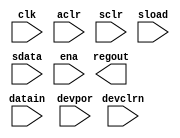
module cycloneii_lcell_ff(regout, datain, clk, aclr, sclr, sload, sdata, ena, devpor, devclrn);

parameter lpm_type = "cycloneii_lcell_ff";

input datain, clk, aclr, sclr, sload, sdata, ena, devpor, devclrn;
output regout;

endmodule


module cycloneii_lcell_comb(combout, cout, dataa, datab, datac, datad, cin);

parameter lpm_type = "cycloneii_lcell_comb";
parameter lut_mask = 16'h0000;
parameter sum_lutc_input = "datac";

input dataa, datab, datac, datad, cin;
output combout, cout;

endmodule


module cycloneii_io(
    datain, oe,
    outclk, outclkena, inclk, inclkena, areset, sreset,
    devclrn, devpor, devoe,
    linkin,
    differentialin,
    differentialout,
    padio,
    combout, regout,
    linkout
    );

parameter lpm_type = "cycloneii_io";

parameter operation_mode = "input";
parameter open_drain_output = "false";
parameter bus_hold = "false";

parameter output_register_mode = "none";
parameter output_async_reset = "none";
parameter output_sync_reset = "none";
parameter output_power_up = "low";
parameter tie_off_output_clock_enable = "false";

parameter oe_register_mode = "none";
parameter oe_async_reset = "none";
parameter oe_sync_reset = "none";
parameter oe_power_up = "low";
parameter tie_off_oe_clock_enable = "false";

parameter input_register_mode = "none";
parameter input_async_reset = "none";
parameter input_sync_reset = "none";
parameter input_power_up = "low";

parameter use_differential_input  = "false";

inout   padio;
input	datain, oe;
input	outclk, outclkena, inclk, inclkena, areset, sreset;
input	devclrn, devpor, devoe;
input   linkin;
input	differentialin;
output	differentialout;
output	combout, regout;
output  linkout;

endmodule


module cycloneii_clkctrl(
    inclk, 
    clkselect, 
    ena, 
    devpor, 
    devclrn, 
    outclk
    );
   
parameter lpm_type = "cycloneii_clkctrl";
parameter clock_type = "auto";
parameter ena_register_mode = "falling edge";

input [3:0] inclk;
input [1:0] clkselect;
input ena; 
input devpor; 
input devclrn; 
output outclk;

endmodule


module cycloneii_mac_mult(
    dataa, 
    datab,
    signa, 
    signb,
    clk, 
    aclr, 
    ena,
    dataout,
    devclrn,
    devpor);
    
parameter lpm_type = "cycloneii_mac_mult";
parameter dataa_width = 18;
parameter datab_width = 18;
parameter dataa_clock = "none";
parameter datab_clock = "none";
parameter signa_clock = "none"; 
parameter signb_clock = "none";
parameter lpm_hint = "true";
    
input [dataa_width-1:0] dataa;
input [datab_width-1:0] datab;
input signa;
input signb;
input clk;
input aclr;
input ena;
input devclrn;
input devpor;
output [dataa_width+datab_width-1:0] dataout;
    
endmodule


module cycloneii_mac_out(
    dataa, 
    clk,
    aclr,
    ena,
    dataout,
    devclrn,
    devpor);
 
parameter lpm_type = "cycloneii_mac_out";
parameter dataa_width = 36;
parameter output_clock = "none";
parameter lpm_hint = "true";

input	[dataa_width-1:0]	dataa;
output	[dataa_width-1:0]	dataout;
input clk;
input aclr;
input ena;
input 	devclrn;
input 	devpor;
    
endmodule


module cycloneii_pll(
    inclk,
    ena,
    clkswitch,
    areset,
    pfdena,
    testclearlock,
    clk,
    locked,
    testupout,
    testdownout,
    sbdin,
    sbdout
    );

parameter lpm_type = "cycloneii_pll";

parameter operation_mode                       = "normal";
parameter pll_type                             = "auto";
parameter compensate_clock                     = "clk0";
parameter feedback_source                      = "clk0";
parameter qualify_conf_done                    = "off";

parameter test_input_comp_delay_chain_bits     = 0;
parameter test_feedback_comp_delay_chain_bits  = 0;

parameter inclk0_input_frequency               = 10000;
parameter inclk1_input_frequency               = 10000;

parameter gate_lock_signal                     = "no";
parameter gate_lock_counter                    = 1;
parameter self_reset_on_gated_loss_lock        = "off";
parameter valid_lock_multiplier                = 1;
parameter invalid_lock_multiplier              = 5;

parameter switch_over_type                     = "manual";
parameter switch_over_on_lossclk               = "off";
parameter switch_over_on_gated_lock            = "off";
parameter switch_over_counter                  = 1;
parameter enable_switch_over_counter           = "on";

parameter bandwidth                            = 0;
parameter bandwidth_type                       = "auto";
parameter spread_frequency                     = 0;
parameter use_dc_coupling                      = "false";

parameter clk0_output_frequency                = 0;
parameter clk0_multiply_by                     = 1;
parameter clk0_divide_by                       = 1;
parameter clk0_phase_shift                     = "0";
parameter clk0_duty_cycle                      = 50;

parameter clk1_output_frequency                = 0;
parameter clk1_multiply_by                     = 1;
parameter clk1_divide_by                       = 1;
parameter clk1_phase_shift                     = "0";
parameter clk1_duty_cycle                      = 50;

parameter clk2_output_frequency                = 0;
parameter clk2_multiply_by                     = 1;
parameter clk2_divide_by                       = 1;
parameter clk2_phase_shift                     = "0";
parameter clk2_duty_cycle                      = 50;

parameter clk3_output_frequency                = 0;
parameter clk3_multiply_by                     = 1;
parameter clk3_divide_by                       = 1;
parameter clk3_phase_shift                     = "0";
parameter clk3_duty_cycle                      = 50;

parameter clk4_output_frequency                = 0;
parameter clk4_multiply_by                     = 1;
parameter clk4_divide_by                       = 1;
parameter clk4_phase_shift                     = "0";
parameter clk4_duty_cycle                      = 50;

parameter clk5_output_frequency                = 0;
parameter clk5_multiply_by                     = 1;
parameter clk5_divide_by                       = 1;
parameter clk5_phase_shift                     = "0";
parameter clk5_duty_cycle                      = 50;

parameter pfd_min                              = 0;
parameter pfd_max                              = 0;
parameter vco_min                              = 0;
parameter vco_max                              = 0;
parameter vco_center                           = 0;

parameter m_initial = 1;
parameter m = 0;
parameter n = 1;
parameter m2 = 1;
parameter n2 = 1;
parameter ss = 0;
parameter c0_high = 1;
parameter c0_low = 1;
parameter c0_initial = 1;
parameter c0_mode = "bypass";
parameter c0_ph = 0;
parameter c1_high = 1;
parameter c1_low = 1;
parameter c1_initial = 1;
parameter c1_mode = "bypass";
parameter c1_ph = 0;
parameter c2_high = 1;
parameter c2_low = 1;
parameter c2_initial = 1;
parameter c2_mode = "bypass";
parameter c2_ph = 0;
parameter c3_high = 1;
parameter c3_low = 1;
parameter c3_initial = 1;
parameter c3_mode = "bypass";
parameter c3_ph = 0;
parameter c4_high = 1;
parameter c4_low = 1;
parameter c4_initial = 1;
parameter c4_mode = "bypass";
parameter c4_ph = 0;
parameter c5_high = 1;
parameter c5_low = 1;
parameter c5_initial = 1;
parameter c5_mode = "bypass";
parameter c5_ph = 0;
parameter m_ph = 0;
parameter clk0_counter = "c0";
parameter clk1_counter = "c1";
parameter clk2_counter = "c2";
parameter clk3_counter = "c3";
parameter clk4_counter = "c4";
parameter clk5_counter = "c5";
parameter c1_use_casc_in = "off";
parameter c2_use_casc_in = "off";
parameter c3_use_casc_in = "off";
parameter c4_use_casc_in = "off";
parameter c5_use_casc_in = "off";
parameter m_test_source = 5;
parameter c0_test_source = 5;
parameter c1_test_source = 5;
parameter c2_test_source = 5;
parameter c3_test_source = 5;
parameter c4_test_source = 5;
parameter c5_test_source = 5;

parameter vco_multiply_by = 0;
parameter vco_divide_by = 0;
parameter vco_post_scale = 1;
parameter charge_pump_current = 52;
parameter loop_filter_r = "1.0";
parameter loop_filter_c = 16;
parameter pll_compensation_delay = 0;
parameter simulation_type = "functional";

parameter down_spread                          = "0.0";
parameter sim_gate_lock_device_behavior        = "off";
parameter clk0_phase_shift_num = 0;
parameter clk1_phase_shift_num = 0;
parameter clk2_phase_shift_num = 0;
parameter family_name = "alta";
parameter clk0_use_even_counter_mode = "off";
parameter clk1_use_even_counter_mode = "off";
parameter clk2_use_even_counter_mode = "off";
parameter clk3_use_even_counter_mode = "off";
parameter clk4_use_even_counter_mode = "off";
parameter clk5_use_even_counter_mode = "off";
parameter clk0_use_even_counter_value = "off";
parameter clk1_use_even_counter_value = "off";
parameter clk2_use_even_counter_value = "off";
parameter clk3_use_even_counter_value = "off";
parameter clk4_use_even_counter_value = "off";
parameter clk5_use_even_counter_value = "off";

input [1:0] inclk;
input ena;
input clkswitch;
input areset;
input pfdena;
input testclearlock;
input sbdin;
output [2:0] clk;
output locked;
output sbdout;
output testupout;
output testdownout;

endmodule


module cycloneii_asmiblock(
    dclkin,
    scein,
    sdoin,
    data0out,
    oe
    );

parameter lpm_type = "cycloneii_asmiblock";

input dclkin;
input scein;
input sdoin;
input oe;
output data0out;

endmodule  // cycloneii_asmiblock


module cycloneii_crcblock(
    clk,
    shiftnld,
    ldsrc,
    crcerror,
    regout
    );

parameter lpm_type = "cycloneii_crcblock";
parameter oscillator_divider = 1;

input clk;
input shiftnld;
input ldsrc;
output crcerror;
output regout;

endmodule


module cycloneii_ram_block(
    portadatain,
    portaaddr,
    portawe,
    portbdatain,
    portbaddr,
    portbrewe,
    clk0, clk1,
    ena0, ena1,
    clr0, clr1,
    portabyteenamasks,
    portbbyteenamasks,
    portaaddrstall,
    portbaddrstall,
    devclrn,
    devpor,
    portadataout,
    portbdataout);

parameter lpm_type = "cycloneii_ram_block";
parameter operation_mode = "single_port";
parameter mixed_port_feed_through_mode = "dont_care";
parameter ram_block_type = "auto";
parameter logical_ram_name = "ram_name";
parameter init_file = "init_file.hex";
parameter init_file_layout = "none";
parameter data_interleave_width_in_bits = 1;
parameter data_interleave_offset_in_bits = 1;
parameter port_a_logical_ram_depth = 0;
parameter port_a_logical_ram_width = 0;
parameter port_a_first_address = 0;
parameter port_a_last_address = 0;
parameter port_a_first_bit_number = 0;
parameter port_a_data_out_clear = "none";
parameter port_a_data_out_clock = "none";
parameter port_a_data_width = 64;
parameter port_a_address_width = 32;
parameter port_a_byte_enable_mask_width = 8;
parameter port_b_logical_ram_depth = 0;
parameter port_b_logical_ram_width = 0;
parameter port_b_first_address = 0;
parameter port_b_last_address = 0;
parameter port_b_first_bit_number = 0;
parameter port_b_data_in_clear = "none";
parameter port_b_address_clear = "none";
parameter port_b_read_enable_write_enable_clear = "none";
parameter port_b_byte_enable_clear = "none";
parameter port_b_data_out_clear = "none";
parameter port_b_data_in_clock = "clock1";
parameter port_b_address_clock = "clock1";
parameter port_b_read_enable_write_enable_clock = "clock1";
parameter port_b_byte_enable_clock = "clock1";
parameter port_b_data_out_clock = "none";
parameter port_b_data_width = 64;
parameter port_b_address_width = 32;
parameter port_b_byte_enable_mask_width = 8;
parameter power_up_uninitialized = "false";
parameter lpm_hint = "true";
parameter connectivity_checking = "off";
parameter mem_init0 = 2048'b0;
parameter mem_init1 = 2560'b0;
parameter port_a_byte_size = 0;
parameter port_a_disable_ce_on_input_registers = "off";
parameter port_a_disable_ce_on_output_registers = "off";
parameter port_b_byte_size = 0;
parameter port_b_disable_ce_on_input_registers = "off";
parameter port_b_disable_ce_on_output_registers = "off";
parameter safe_write = "err_on_2clk";
parameter init_file_restructured = "unused";
parameter port_a_data_in_clear = "none";
parameter port_a_address_clear = "none";
parameter port_a_write_enable_clear = "none";
parameter port_a_byte_enable_clear = "none";
parameter port_a_data_in_clock = "clock0";
parameter port_a_address_clock = "clock0";
parameter port_a_write_enable_clock = "clock0";
parameter port_a_byte_enable_clock = "clock0";

input portawe;
input [port_a_data_width - 1:0] portadatain;
input [port_a_address_width - 1:0] portaaddr;
input [port_a_byte_enable_mask_width - 1:0] portabyteenamasks;
input portbrewe;
input [port_b_data_width - 1:0] portbdatain;
input [port_b_address_width - 1:0] portbaddr;
input [port_b_byte_enable_mask_width - 1:0] portbbyteenamasks;
input clr0,clr1;
input clk0,clk1;
input ena0,ena1;
input devclrn,devpor;
input portaaddrstall;
input portbaddrstall;
output [port_a_data_width - 1:0] portadataout;
output [port_b_data_width - 1:0] portbdataout;

endmodule


module cycloneii_jtag(
    tms, 
    tck,
    tdi, 
    ntrst,
    tdoutap,
    tdouser,
    tdo,
    tmsutap,
    tckutap,
    tdiutap,
    shiftuser,
    clkdruser,
    updateuser,
    runidleuser,
    usr1user);

parameter lpm_type = "cycloneii_jtag";

input tms;
input tck;
input tdi;
input ntrst;
input tdoutap;
input tdouser;

output tdo;
output tmsutap;
output tckutap;
output tdiutap;
output shiftuser;
output clkdruser;
output updateuser;
output runidleuser;
output usr1user;

endmodule


module cycloneii_clk_delay_ctrl(
    clk, 
    delayctrlin, 
    disablecalibration,
    pllcalibrateclkdelayedin,
    devpor, 
    devclrn, 
    clkout
    );
   
parameter lpm_type = "cycloneii_clk_delay_ctrl";
parameter behavioral_sim_delay = 0;
parameter delay_chain = "54";  // or "1362ps"
parameter delay_chain_mode = "static";
parameter uses_calibration = "false";
parameter use_new_style_dq_detection = "false";
parameter tan_delay_under_delay_ctrl_signal = "unused";
parameter delay_ctrl_sim_delay_15_0  = 512'b00000000000000000000000000000000000000000000000000000000000000000000000000000000000000000000000000000000000000000000000000000000000000000000000000000000000000000000000000000000000000000000000000000000000000000000000000000000000000000000000000000000000000000000000000000000000000000000000000000000000000000000000000000000000000000000000000000000000000000000000000000000000000000000000000000000000000000000000000000000000000000000000000000000000000000000000000000000000000000000000000000000000000000000000000000000;
parameter delay_ctrl_sim_delay_31_16 = 512'b00000000000000000000000000000000000000000000000000000000000000000000000000000000000000000000000000000000000000000000000000000000000000000000000000000000000000000000000000000000000000000000000000000000000000000000000000000000000000000000000000000000000000000000000000000000000000000000000000000000000000000000000000000000000000000000000000000000000000000000000000000000000000000000000000000000000000000000000000000000000000000000000000000000000000000000000000000000000000000000000000000000000000000000000000000000;
parameter delay_ctrl_sim_delay_47_32 = 512'b00000000000000000000000000000000000000000000000000000000000000000000000000000000000000000000000000000000000000000000000000000000000000000000000000000000000000000000000000000000000000000000000000000000000000000000000000000000000000000000000000000000000000000000000000000000000000000000000000000000000000000000000000000000000000000000000000000000000000000000000000000000000000000000000000000000000000000000000000000000000000000000000000000000000000000000000000000000000000000000000000000000000000000000000000000000;
parameter delay_ctrl_sim_delay_63_48 = 512'b00000000000000000000000000000000000000000000000000000000000000000000000000000000000000000000000000000000000000000000000000000000000000000000000000000000000000000000000000000000000000000000000000000000000000000000000000000000000000000000000000000000000000000000000000000000000000000000000000000000000000000000000000000000000000000000000000000000000000000000000000000000000000000000000000000000000000000000000000000000000000000000000000000000000000000000000000000000000000000000000000000000000000000000000000000000;

input clk; 
input [5:0] delayctrlin; 
input disablecalibration;
input pllcalibrateclkdelayedin;
input devpor; 
input devclrn; 
output clkout;
   
endmodule

module lpm_latch(q, data, gate, aclr, aset, aconst);
parameter lpm_type="LPM_LATCH";
parameter lpm_width=1;
input data, gate, aclr, aset, aconst;
output q;
endmodule

module XAND2 (OUT, I0, I1);
input I0, I1;
output OUT;
parameter lpm_type="XAND2";
endmodule

module XMUX1 (OUT0, A0, B0, SEL);
input A0, B0, SEL;
output OUT0;
parameter lpm_type="XMUX1";
endmodule


module dffeas ( clk, d, asdata, clrn, aload, sclr, sload, ena, devclrn, devpor,
                q, prn);
   input clk, d, asdata, clrn, aload, sclr, sload, ena, devclrn, devpor, prn;
   output q;
endmodule     

module cycloneive_latch(D, ENA, PRE, CLR, Q);
   input D;
   input ENA, PRE, CLR;
   output Q;
endmodule

module cycloneive_pll (inclk,
                    fbin,
                    fbout,
                    clkswitch,
                    areset,
                    pfdena,
                    scanclk,
                    scandata,
                    scanclkena,
                    configupdate,
                    clk,
                    phasecounterselect,
                    phaseupdown,
                    phasestep,
                    clkbad,
                    activeclock,
                    locked,
                    scandataout,
                    scandone,
                    phasedone,
                    vcooverrange,
                    vcounderrange
                    );

    parameter operation_mode                       = "normal";
    parameter pll_type                             = "auto"; // auto,fast(left_right),enhanced(top_bottom)
    parameter compensate_clock                     = "clock0";


    parameter inclk0_input_frequency               = 0;
    parameter inclk1_input_frequency               = 0;

    parameter self_reset_on_loss_lock        = "off";
    parameter switch_over_type                     = "auto";

    parameter switch_over_counter                  = 1;
    parameter enable_switch_over_counter           = "off";

    parameter bandwidth                            = 0;
    parameter bandwidth_type                       = "auto";
    parameter use_dc_coupling                      = "false";

    parameter lock_high = 0; // 0 .. 4095
    parameter lock_low = 0;  // 0 .. 7
    parameter lock_window_ui = "0.05"; // "0.05", "0.1", "0.15", "0.2"
    parameter test_bypass_lock_detect              = "off";
    
    parameter clk0_output_frequency                = 0;
    parameter clk0_multiply_by                     = 0;
    parameter clk0_divide_by                       = 0;
    parameter clk0_phase_shift                     = "0";
    parameter clk0_duty_cycle                      = 50;

    parameter clk1_output_frequency                = 0;
    parameter clk1_multiply_by                     = 0;
    parameter clk1_divide_by                       = 0;
    parameter clk1_phase_shift                     = "0";
    parameter clk1_duty_cycle                      = 50;

    parameter clk2_output_frequency                = 0;
    parameter clk2_multiply_by                     = 0;
    parameter clk2_divide_by                       = 0;
    parameter clk2_phase_shift                     = "0";
    parameter clk2_duty_cycle                      = 50;

    parameter clk3_output_frequency                = 0;
    parameter clk3_multiply_by                     = 0;
    parameter clk3_divide_by                       = 0;
    parameter clk3_phase_shift                     = "0";
    parameter clk3_duty_cycle                      = 50;

    parameter clk4_output_frequency                = 0;
    parameter clk4_multiply_by                     = 0;
    parameter clk4_divide_by                       = 0;
    parameter clk4_phase_shift                     = "0";
    parameter clk4_duty_cycle                      = 50;

    parameter pfd_min                              = 0;
    parameter pfd_max                              = 0;
    parameter vco_min                              = 0;
    parameter vco_max                              = 0;
    parameter vco_center                           = 0;

    // ADVANCED USE PARAMETERS
    parameter m_initial = 1;
    parameter m = 0;
    parameter n = 1;

    parameter c0_high = 1;
    parameter c0_low = 1;
    parameter c0_initial = 1;
    parameter c0_mode = "bypass";
    parameter c0_ph = 0;

    parameter c1_high = 1;
    parameter c1_low = 1;
    parameter c1_initial = 1;
    parameter c1_mode = "bypass";
    parameter c1_ph = 0;

    parameter c2_high = 1;
    parameter c2_low = 1;
    parameter c2_initial = 1;
    parameter c2_mode = "bypass";
    parameter c2_ph = 0;

    parameter c3_high = 1;
    parameter c3_low = 1;
    parameter c3_initial = 1;
    parameter c3_mode = "bypass";
    parameter c3_ph = 0;

    parameter c4_high = 1;
    parameter c4_low = 1;
    parameter c4_initial = 1;
    parameter c4_mode = "bypass";
    parameter c4_ph = 0;

    parameter m_ph = 0;

    parameter clk0_counter = "unused";
    parameter clk1_counter = "unused";
    parameter clk2_counter = "unused";
    parameter clk3_counter = "unused";
    parameter clk4_counter = "unused";

    parameter c1_use_casc_in = "off";
    parameter c2_use_casc_in = "off";
    parameter c3_use_casc_in = "off";
    parameter c4_use_casc_in = "off";

    parameter m_test_source  = 1;
    parameter c0_test_source = 1;
    parameter c1_test_source = 1;
    parameter c2_test_source = 1;
    parameter c3_test_source = 1;
    parameter c4_test_source = 1;

    parameter vco_multiply_by = 0;
    parameter vco_divide_by = 0;
    parameter vco_post_scale = 1; // 1 .. 2
    parameter vco_frequency_control = "auto";
    parameter vco_phase_shift_step = 0;
    
    parameter charge_pump_current = 10;
    parameter loop_filter_r = "1.0";    // "1.0", "2.0", "4.0", "6.0", "8.0", "12.0", "16.0", "20.0"
    parameter loop_filter_c = 0;        // 0 , 2 , 4

    parameter pll_compensation_delay = 0;
    parameter simulation_type = "functional";
    parameter lpm_type = "cycloneive_pll";

// SIMULATION_ONLY_PARAMETERS_BEGIN

    parameter down_spread                          = "0.0";
    parameter lock_c = 4;

    parameter sim_gate_lock_device_behavior        = "off";

    parameter clk0_phase_shift_num = 0;
    parameter clk1_phase_shift_num = 0;
    parameter clk2_phase_shift_num = 0;
    parameter clk3_phase_shift_num = 0;
    parameter clk4_phase_shift_num = 0;
    parameter family_name = "Cycloneive";

    parameter clk0_use_even_counter_mode = "off";
    parameter clk1_use_even_counter_mode = "off";
    parameter clk2_use_even_counter_mode = "off";
    parameter clk3_use_even_counter_mode = "off";
    parameter clk4_use_even_counter_mode = "off";

    parameter clk0_use_even_counter_value = "off";
    parameter clk1_use_even_counter_value = "off";
    parameter clk2_use_even_counter_value = "off";
    parameter clk3_use_even_counter_value = "off";
    parameter clk4_use_even_counter_value = "off";

    // TEST ONLY
    
    parameter init_block_reset_a_count = 1;
    parameter init_block_reset_b_count = 1;

// SIMULATION_ONLY_PARAMETERS_END
    
// LOCAL_PARAMETERS_BEGIN

    parameter phase_counter_select_width = 3;
    parameter lock_window = 5;
    parameter inclk0_freq = inclk0_input_frequency;
    parameter inclk1_freq = inclk1_input_frequency;
   
parameter charge_pump_current_bits = 0;
parameter lock_window_ui_bits = 0;
parameter loop_filter_c_bits = 0;
parameter loop_filter_r_bits = 0;
parameter test_counter_c0_delay_chain_bits = 0;
parameter test_counter_c1_delay_chain_bits = 0;
parameter test_counter_c2_delay_chain_bits = 0;
parameter test_counter_c3_delay_chain_bits = 0;
parameter test_counter_c4_delay_chain_bits = 0;
parameter test_counter_c5_delay_chain_bits = 0;
parameter test_counter_m_delay_chain_bits = 0;
parameter test_counter_n_delay_chain_bits = 0;
parameter test_feedback_comp_delay_chain_bits = 0;
parameter test_input_comp_delay_chain_bits = 0;
parameter test_volt_reg_output_mode_bits = 0;
parameter test_volt_reg_output_voltage_bits = 0;
parameter test_volt_reg_test_mode = "false";
parameter vco_range_detector_high_bits = 1;
parameter vco_range_detector_low_bits = 1;
parameter scan_chain_mif_file = ""; 


parameter auto_settings = "true";

    input [1:0] inclk;
    input fbin;
    input clkswitch;
    input areset;
    input pfdena;
    input [phase_counter_select_width - 1:0] phasecounterselect;
    input phaseupdown;
    input phasestep;
    input scanclk;
    input scanclkena;
    input scandata;
    input configupdate;

    output [4:0] clk;
    output [1:0] clkbad;
    output activeclock;
    output locked;
    output scandataout;
    output scandone;
    output fbout;
    output phasedone;
    output vcooverrange;
    output vcounderrange;
endmodule // cycloneive_pll

module cycloneive_lcell_comb (
                             dataa, 
                             datab, 
                             datac, 
                             datad,
                             cin,
                             combout,
                             cout
                            );
   
input dataa;
input datab;
input datac;
input datad;
input cin;

output combout;
output cout;

parameter lut_mask = 16'hFFFF;
parameter sum_lutc_input = "datac";
parameter dont_touch = "off";
parameter lpm_type = "cycloneive_lcell_comb";
endmodule

module cycloneive_ff (
    d, 
    clk, 
    clrn, 
    aload, 
    sclr, 
    sload, 
    asdata, 
    ena, 
    devclrn, 
    devpor, 
    q
    );
   
parameter power_up = "low";
parameter x_on_violation = "on";
parameter lpm_type = "cycloneive_ff";

input d;
input clk;
input clrn;
input aload; 
input sclr; 
input sload; 
input asdata; 
input ena; 
input devclrn; 
input devpor; 
output q;
endmodule

module cycloneive_ram_block
    (
     portadatain,
     portaaddr,
     portawe,
     portare,
     portbdatain,
     portbaddr,
     portbwe,
     portbre,
     clk0, clk1,
     ena0, ena1,
     ena2, ena3,
     clr0, clr1,
     portabyteenamasks,
     portbbyteenamasks,
     portaaddrstall,
     portbaddrstall,
     devclrn,
     devpor,
     portadataout,
     portbdataout
     );
parameter port_a_data_width = 64;
parameter port_a_address_width = 32;
parameter port_a_byte_enable_mask_width = 8;
parameter port_b_data_width = 64;
parameter port_b_address_width = 32;
parameter port_b_byte_enable_mask_width = 8;

input portawe;
input portare;
input [port_a_data_width - 1:0] portadatain;
input [port_a_address_width - 1:0] portaaddr;
input [port_a_byte_enable_mask_width - 1:0] portabyteenamasks;

input portbwe, portbre;
input [port_b_data_width - 1:0] portbdatain;
input [port_b_address_width - 1:0] portbaddr;
input [port_b_byte_enable_mask_width - 1:0] portbbyteenamasks;

input clr0,clr1;
input clk0,clk1;
input ena0,ena1;
input ena2,ena3;

input devclrn,devpor;
input portaaddrstall;
input portbaddrstall;
output [port_a_data_width - 1:0] portadataout;
output [port_b_data_width - 1:0] portbdataout;
endmodule // cycloneive_ram_block

module cycloneive_mac_mult	
   (
    dataa, 
    datab,
    signa, 
    signb,
    clk, 
    aclr, 
    ena,
    dataout,
    devclrn,
    devpor
    );
    
    parameter dataa_width    = 18;
    parameter datab_width    = 18;
    parameter dataa_clock	= "none";
    parameter datab_clock	= "none";
    parameter signa_clock	= "none"; 
    parameter signb_clock	= "none";
    parameter lpm_hint       = "true";
    parameter lpm_type       = "cycloneive_mac_mult";
    
// SIMULATION_ONLY_PARAMETERS_BEGIN

    parameter dataout_width  = 36;

// SIMULATION_ONLY_PARAMETERS_END

    input [dataa_width-1:0] dataa;
    input [datab_width-1:0] datab;
    input 	signa;
    input 	signb;
    input clk;
    input aclr;
    input ena;
    input 	devclrn;
    input 	devpor;
 
    output [dataout_width-1:0] dataout;
endmodule

module cycloneive_mac_out	
   (
    dataa, 
    clk,
    aclr,
    ena,
    dataout,
    devclrn,
    devpor
    );
 
    parameter dataa_width = 36;
    parameter output_clock  = "none";
    parameter lpm_hint      = "true";
    parameter lpm_type      = "cycloneive_mac_out";
    parameter dataout_width = 36;

    input [dataa_width-1:0] dataa;
    input clk;
    input aclr;
    input ena;
    input 	devclrn;
    input 	devpor;
    output [dataout_width-1:0] dataout; 
endmodule

module cycloneive_io_ibuf (
                      i,
                      ibar,
                      o
                     );

// SIMULATION_ONLY_PARAMETERS_BEGIN

parameter differential_mode = "false";
parameter bus_hold = "false";
parameter simulate_z_as = "Z";
parameter lpm_type = "cycloneive_io_ibuf";

// SIMULATION_ONLY_PARAMETERS_END

//Input Ports Declaration
input i;
input ibar;

//Output Ports Declaration
output o;
endmodule

module cycloneive_io_obuf (
                      i,
                      oe,
                      seriesterminationcontrol,
                      devoe,
                      o,
                      obar
                    );

//Parameter Declaration
parameter open_drain_output = "false";
parameter bus_hold = "false";
parameter lpm_type = "cycloneive_io_obuf";

//Input Ports Declaration
input i;
input oe;
input devoe;
input [15:0] seriesterminationcontrol; 

//Outout Ports Declaration
output o;
output obar;
endmodule

module cycloneive_ddio_out (
                        datainlo,
                        datainhi,
                        clk,
                        clkhi,
                        clklo,
                        muxsel,
                        ena,
                        areset,
                        sreset,
                        dataout,
                        dfflo,
                        dffhi,
                        devpor,
                        devclrn
                     );

//Parameters Declaration
parameter power_up = "low";
parameter async_mode = "none";
parameter sync_mode = "none";
parameter use_new_clocking_model = "false";
parameter lpm_type = "cycloneive_ddio_out";

//Input Ports Declaration
input datainlo;
input datainhi;
input clk;
input clkhi;
input clklo;
input muxsel;
input ena;
input areset;
input sreset;
input devpor;
input devclrn;

//Output Ports Declaration
output dataout;

//Buried Ports Declaration
output dfflo;
output dffhi ;
endmodule

module cycloneive_ddio_oe (
                       oe,
                       clk,
                       ena,
                       areset,
                       sreset,
                       dataout,
                       dfflo,
                       dffhi,
                       devpor,
                       devclrn
                    );

//Parameters Declaration
parameter power_up = "low";
parameter async_mode = "none";
parameter sync_mode = "none";
parameter lpm_type = "cycloneive_ddio_oe";

//Input Ports Declaration
input oe;
input clk;
input ena;
input areset;
input sreset;
input devpor;
input devclrn;

//Output Ports Declaration
output dataout;

//Buried Ports Declaration
output dfflo;
output dffhi;
endmodule

module cycloneive_clkctrl (
                        inclk, 
                        clkselect, 
                        ena, 
                        devpor, 
                        devclrn, 
                        outclk
                        );
   
parameter lpm_type = "cycloneive_clkctrl";
parameter clock_type = "auto";
parameter ena_register_mode = "falling edge";

input [3:0] inclk;
input [1:0] clkselect;
input ena; 
input devpor; 
input devclrn; 

output outclk;
endmodule

module  cycloneive_rublock 
	(
	clk, 
	shiftnld, 
	captnupdt, 
	regin, 
	rsttimer, 
	rconfig, 
	regout
	);

	parameter sim_init_config = "factory";
	parameter sim_init_watchdog_value = 0;
	parameter sim_init_status = 0;
	parameter lpm_type = "cycloneive_rublock";

	input clk;
	input shiftnld;
	input captnupdt;
	input regin;
	input rsttimer;
	input rconfig;

	output regout;
endmodule

module cycloneive_termination (
    rup,
    rdn,
    terminationclock,
    terminationclear,
    devpor,
    devclrn,
    comparatorprobe,
    terminationcontrolprobe,
    calibrationdone,
    terminationcontrol);
    
input         rup;
input 	      rdn;
input 	      terminationclock;
input 	      terminationclear;
input         devpor;
input         devclrn;

output        comparatorprobe;
output        terminationcontrolprobe;
output        calibrationdone;
output [15:0] terminationcontrol;
endmodule

module  cycloneive_jtag (
    tms, 
    tck,
    tdi, 
    tdoutap,
    tdouser,
    tdo,
    tmsutap,
    tckutap,
    tdiutap,
    shiftuser,
    clkdruser,
    updateuser,
    runidleuser,
    usr1user);

input tms;
input tck;
input tdi;
input tdoutap;
input tdouser;

output tdo;
output tmsutap;
output tckutap;
output tdiutap;
output shiftuser;
output clkdruser;
output updateuser;
output runidleuser;
output usr1user;

parameter lpm_type = "cycloneive_jtag";

endmodule

module  cycloneive_crcblock (
    clk,
    shiftnld,
    ldsrc,
    crcerror,
    regout);

input clk;
input shiftnld;
input ldsrc;

output crcerror;
output regout;

parameter oscillator_divider = 1;
parameter lpm_type = "cycloneive_crcblock";

endmodule

module  cycloneive_oscillator 
    (
    oscena,
    clkout 
    );

    parameter lpm_type = "cycloneive_oscillator";

    input oscena;
    
    output clkout;
endmodule

module  cycloneive_pseudo_diff_out (
    i,
    o,
    obar);

input i;

output o;
output obar;

parameter lpm_type = "cycloneive_pseudo_diff_out";

endmodule

module  cycloneive_routing_wire  (
    datain,
    dataout);

input datain;

output dataout;

parameter lpm_type = "cycloneive_routing_wire";

endmodule